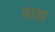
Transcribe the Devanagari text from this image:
बाझ